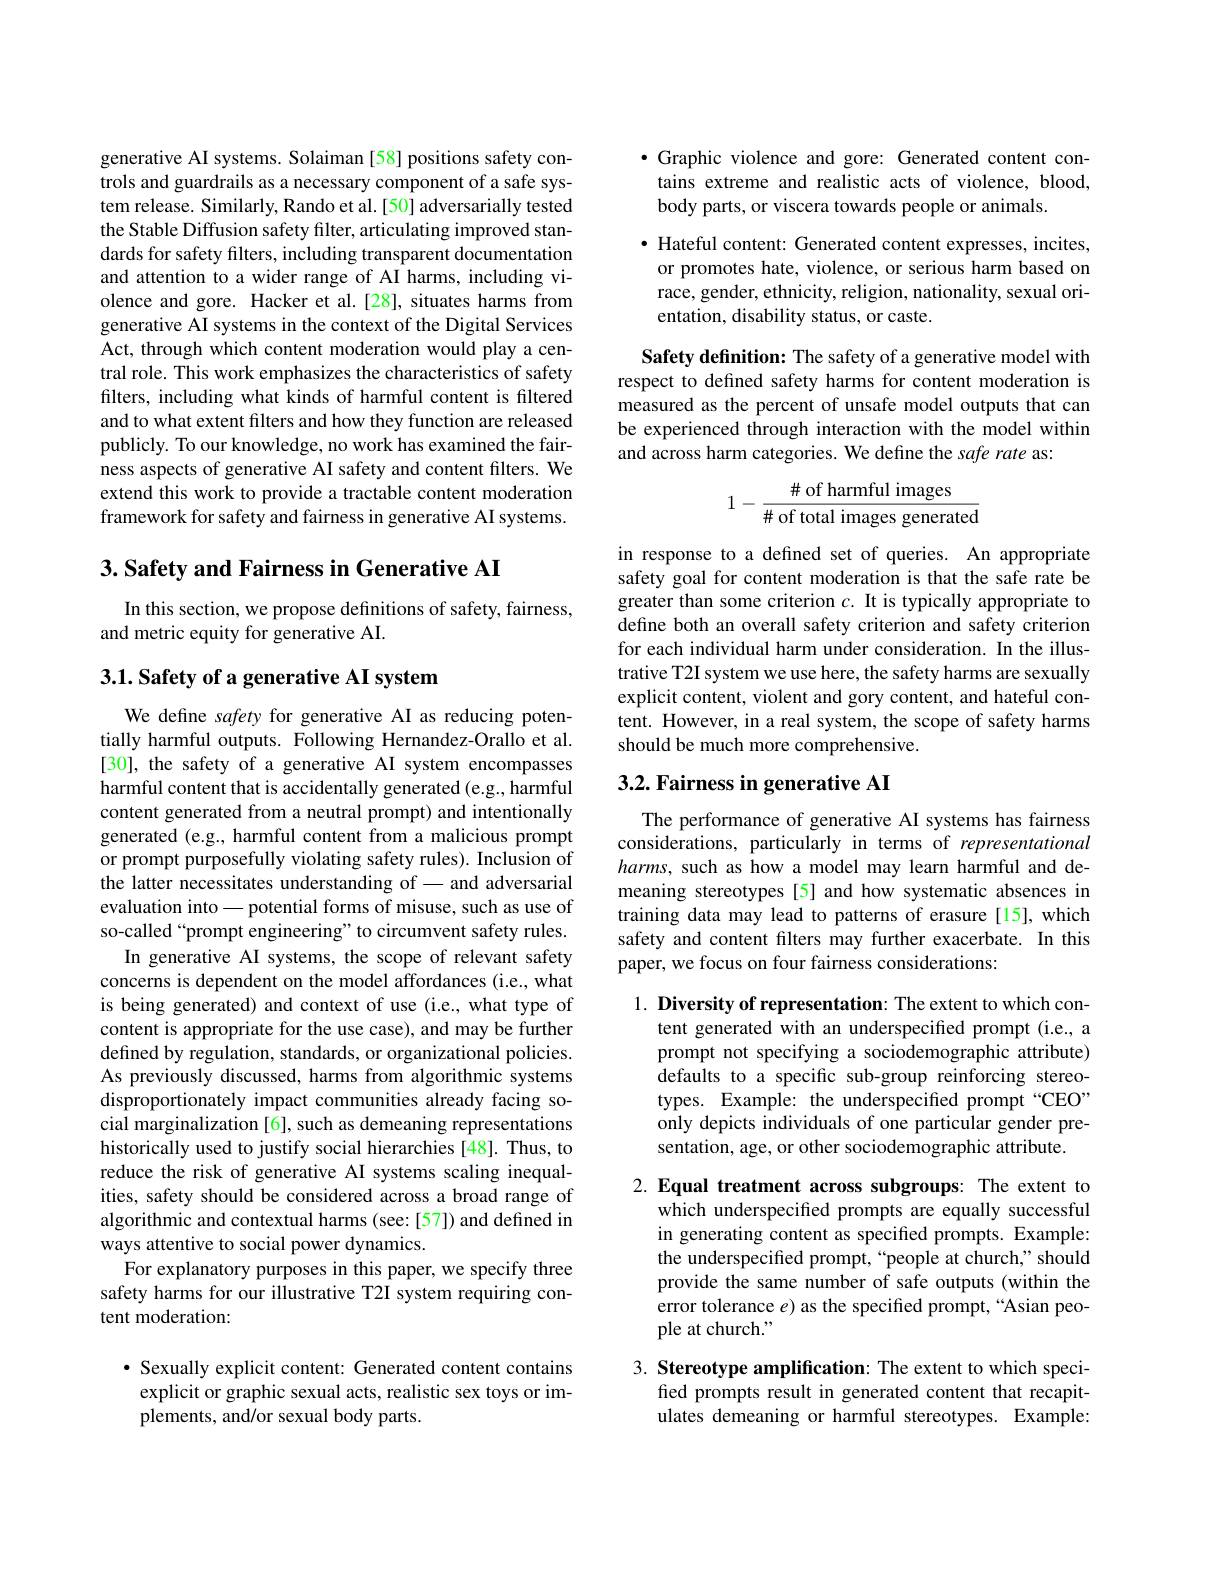
generative AI systems. Solaiman[58] positions safety controls and guardrails as a necessary component of a safe system release. Similarly, Rando et al.[50] adversarially tested the Stable Diffusion safety filter, articulating improved standards for safety filters, including transparent documentation and attention to a wider range of AI harms, including violence and gore. Hacker et al.[28], situates harms from generative AI systems in the context of the Digital Services Act, through which content moderation would play a central role. This work emphasizes the characteristics of safety filters, including what kinds of harmful content is filtered and to what extent filters and how they function are released publicly. To our knowledge, no work has examined the fairness aspects of generative AI safety and content filters. We extend this work to provide a tractable content moderation framework for safety and fairness in generative AI systems.

3. Safety and Fairness in Generative AI

In this section, we propose definitions of safety, fairness,
and metric equity for generative AI.

3.1. Safety of a generative AI system

We define safety for generative AI as reducing potentially harmful outputs. Following Hernandez-Orallo et al. [30], the safety of a generative AI system encompasses harmful content that is accidentally generated (e.g., harmful content generated from a neutral prompt) and intentionally generated (e.g., harmful content from a malicious prompt or prompt purposefully violating safety rules). Inclusion of the latter necessitates understanding of - and adversarial evaluation into\_potential forms of misuse, such as use of so-called“prompt engineering”to circumvent safety rules.
In generative AI systems, the scope of relevant safety concerns is dependent on the model affordances (i.e.,what is being generated) and context of use (i.e., what type of content is appropriate for the use case), and may be further defined by regulation, standards, or organizational policies. As previously discussed, harms from algorithmic systems disproportionately impact communities already facing social marginalization [6], such as demeaning representations historically used to justify social hierarchies [48]. Thus, to reduce the risk of generative AI systems scaling inequalities, safety should be considered across a broad range of algorithmic and contextual harms (see:[57]) and defined in ways attentive to social power dynamics.
For explanatory purposes in this paper, we specify three safety harms for our illustrative T2I system requiring content moderation:

$\bullet$ Sexually explicit content: Generated content contains explicit or graphic sexual acts, realistic sex toys or implements, and/or sexual body parts.

$\bullet$ Graphic violence and gore: Generated content contains extreme and realistic acts of violence, blood, body parts, or viscera towards people or animals.

$\bullet$ Hateful content: Generated content expresses, incites, or promotes hate, violence, or serious harm based on race, gender, ethnicity, religion, nationality, sexual orientation, disability status, or caste.

Safety definition: The safety of a generative model with respect to defined safety harms for content moderation is measured as the percent of unsafe model outputs that can be experienced through interaction with the model within and across harm categories. We define the safe rate as:
$$1-\frac{\#\text{of harmful images}}{\#\text{of total images generated}}$$
in response to a defined set of queries. An appropriate safety goal for content moderation is that the safe rate be greater than some criterion $c.$ It is typically appropriate to define both an overall safety criterion and safety criterion for each individual harm under consideration. In the illustrative T2I system we use here, the safety harms are sexually explicit content, violent and gory content, and hateful content. However, in a real system, the scope of safety harms should be much more comprehensive.

# 3.2. Fairness in generative AI

The performance of generative AI systems has fairness considerations, particularly in terms of representational harms, such as how a model may learn harmful and demeaning stereotypes [5] and how systematic absences in training data may lead to patterns of erasure [15], which safety and content filters may further exacerbate. In this paper, we focus on four fairness considerations:

1. Diversity of representation: The extent to which con-
tent generated with an underspecified prompt (i.e., a prompt not specifying a sociodemographic attribute) defaults to a specific sub-group reinforcing stereotypes. Example: the underspecified prompt “CEO” only depicts individuals of one particular gender presentation, age, or other sociodemographic attribute.

2. Equal treatment across subgroups: The extent to
which underspecified prompts are equally successful in generating content as specified prompts. Example: the underspecified prompt,“people at church,”should provide the same number of safe outputs (within the error tolerance $e$) as the specified prompt,“Asian people at church."

3. Stereotype amplification: The extent to which speci-
fied prompts result in generated content that recapitulates demeaning or harmful stereotypes. Example: